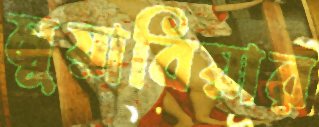
মুয়াবিয়ার